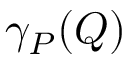
\gamma _ { P } ( Q )